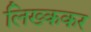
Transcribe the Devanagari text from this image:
लिख्ककर